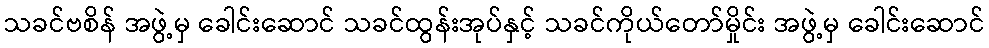
သခင်ဗစိန် အဖွဲ့မှ ခေါင်းဆောင် သခင်ထွန်းအုပ်နှင့် သခင်ကိုယ်တော်မှိုင်း အဖွဲ့မှ ခေါင်းဆောင်